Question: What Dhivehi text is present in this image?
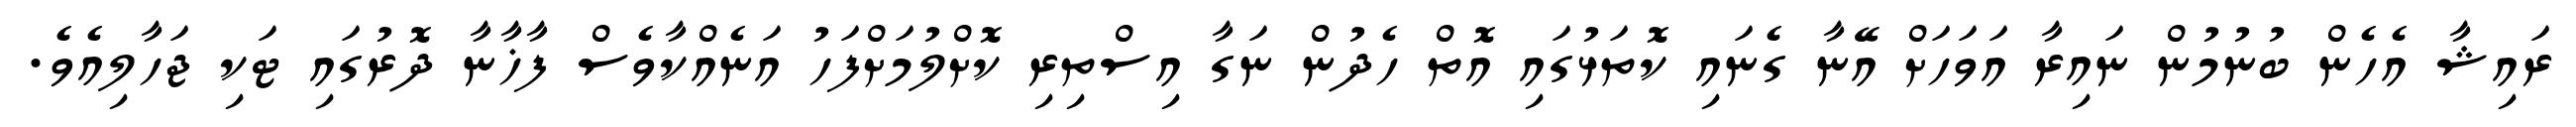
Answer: ރައިޝާ އެހެން ބުނުމުން ނައިރާ އަވަހަށް އޭނާ ގެނައި ކޮތަޅުގައި އޮތް ހެދުން ނަގާ އިސްތިރި ކޮށްލުމަށްފަހު އަނެއްކާވެސް ފާޚާނާ ދޮރުގައި ޓަކި ޖަހާލިއެވެ.